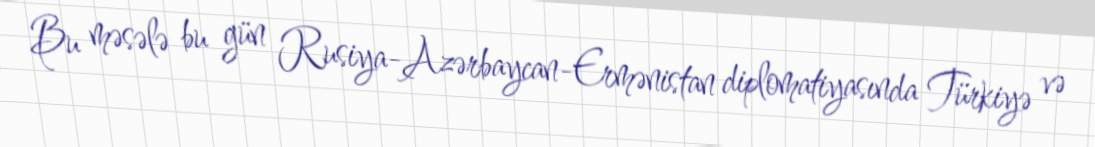
Bu məsələ bu gün Rusiya-Azərbaycan-Ermənistan diplomatiyasında Türkiyə və